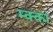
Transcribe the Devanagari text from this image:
म्क्कां